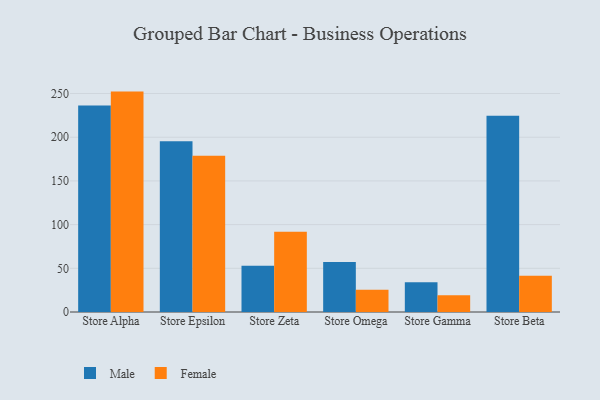
{"axis": {"x": "Store", "y": "LTV (USD)"}, "legend": ["Female", "Male"], "data": [{"x": "Store Alpha", "y": 236.2, "type": "Male"}, {"x": "Store Alpha", "y": 252.2, "type": "Female"}, {"x": "Store Epsilon", "y": 195.4, "type": "Male"}, {"x": "Store Epsilon", "y": 178.8, "type": "Female"}, {"x": "Store Zeta", "y": 53.0, "type": "Male"}, {"x": "Store Zeta", "y": 91.9, "type": "Female"}, {"x": "Store Omega", "y": 57.1, "type": "Male"}, {"x": "Store Omega", "y": 25.4, "type": "Female"}, {"x": "Store Gamma", "y": 33.9, "type": "Male"}, {"x": "Store Gamma", "y": 19.1, "type": "Female"}, {"x": "Store Beta", "y": 224.7, "type": "Male"}, {"x": "Store Beta", "y": 41.6, "type": "Female"}]}